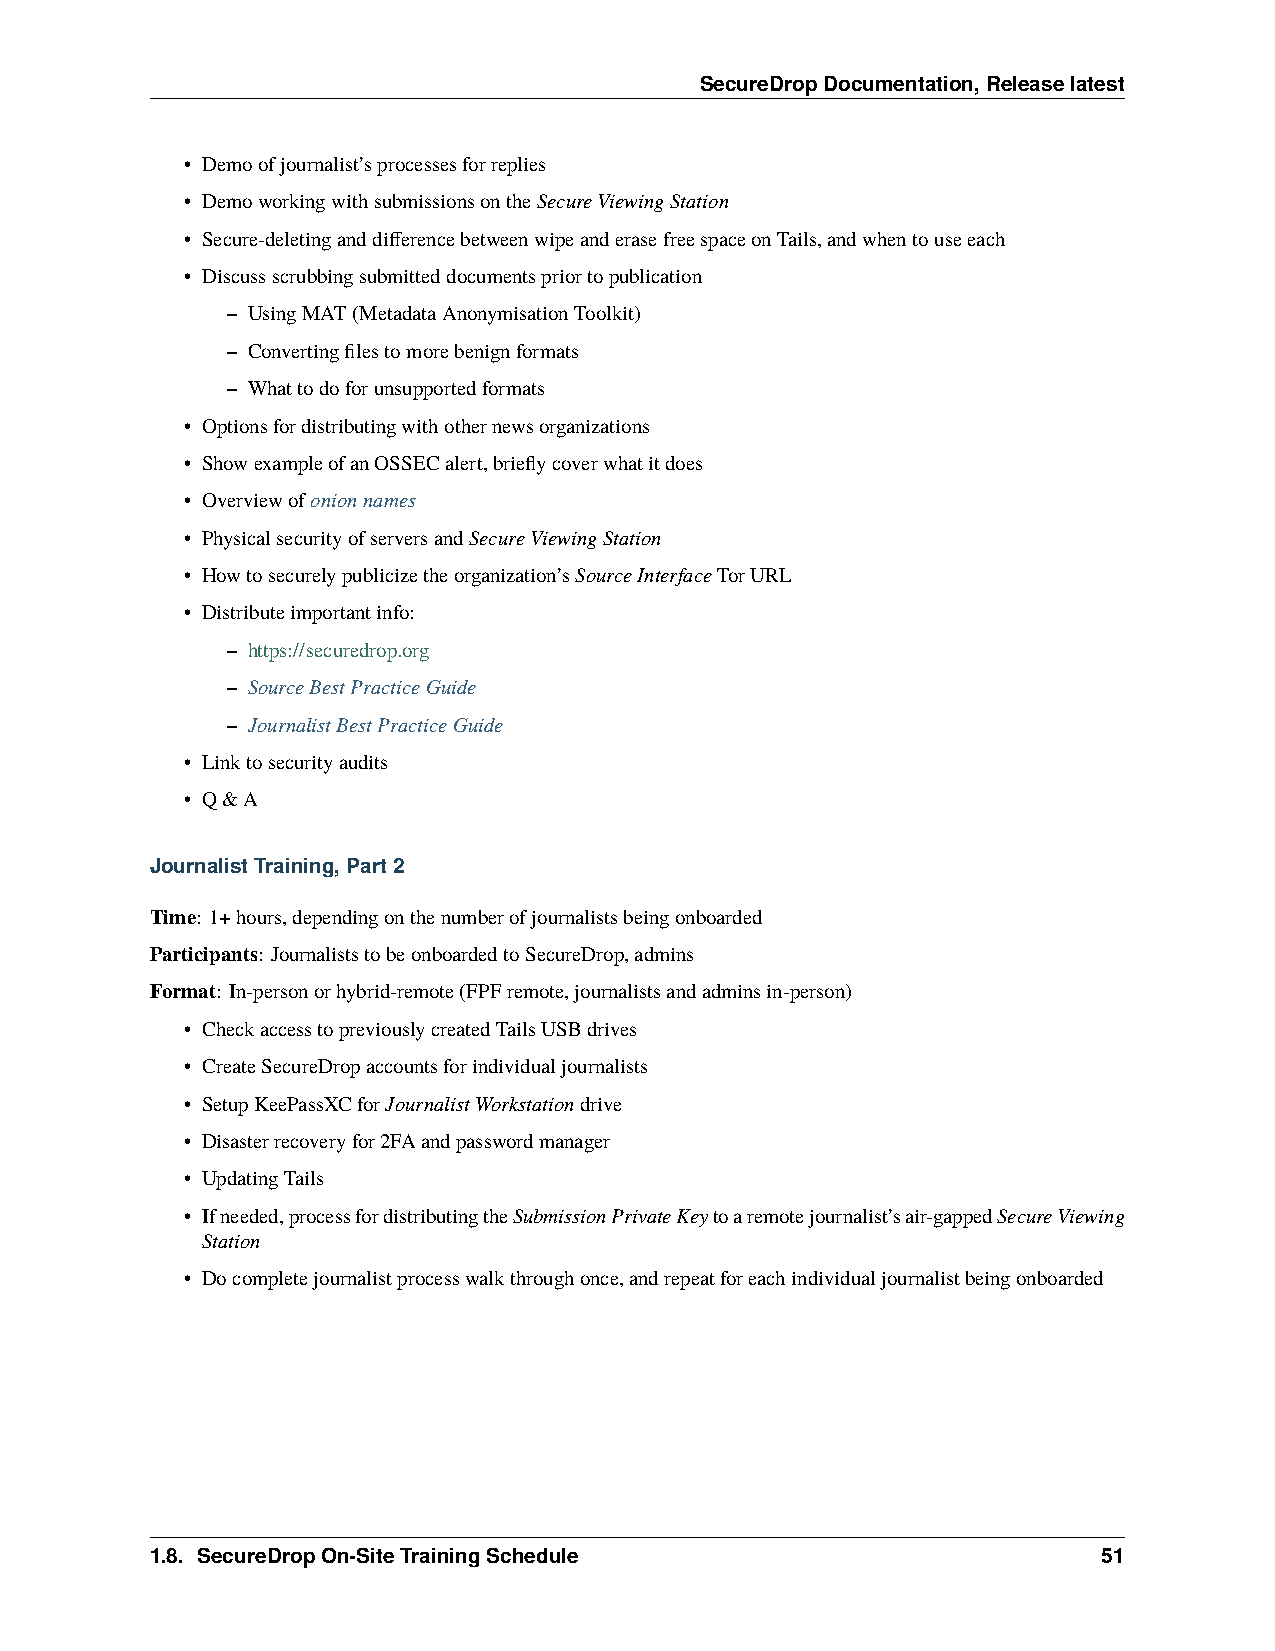
SecureDropDocumentation,Releaselatest
 • Demoofjournalist’sprocessesforreplies
 • DemoworkingwithsubmissionsontheSecureViewingStation
 • Secure-deletinganddifferencebetweenwipeanderasefreespaceonTails,andwhentouseeach
 • Discussscrubbingsubmitteddocumentspriortopublication
 – UsingMAT(MetadataAnonymisationToolkit)
 – Convertingfilestomorebenignformats
 – Whattodoforunsupportedformats
 • Optionsfordistributingwithothernewsorganizations
 • ShowexampleofanOSSECalert,brieflycoverwhatitdoes
 • Overviewofonionnames
 • PhysicalsecurityofserversandSecureViewingStation
 • Howtosecurelypublicizetheorganization’sSourceInterfaceTorURL
 • Distributeimportantinfo:
 – https://securedrop.org
 – SourceBestPracticeGuide
 – JournalistBestPracticeGuide
 • Linktosecurityaudits
 • Q&A
 JournalistTraining,Part2
 Time: 1+hours,dependingonthenumberofjournalistsbeingonboarded
 Participants: JournaliststobeonboardedtoSecureDrop,admins
 Format: In-personorhybrid-remote(FPFremote,journalistsandadminsin-person)
 • CheckaccesstopreviouslycreatedTailsUSBdrives
 • CreateSecureDropaccountsforindividualjournalists
 • SetupKeePassXCforJournalistWorkstationdrive
 • Disasterrecoveryfor2FAandpasswordmanager
 • UpdatingTails
 • Ifneeded,processfordistributingtheSubmissionPrivateKeytoaremotejournalist’sair-gappedSecureViewing
 Station
 • Docompletejournalistprocesswalkthroughonce,andrepeatforeachindividualjournalistbeingonboarded
 1.8. SecureDropOn-SiteTrainingSchedule                         51